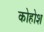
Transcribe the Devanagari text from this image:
कोहोश